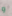
و